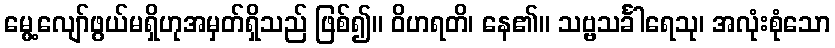
မွေ့လျော်ဖွယ်မရှိဟုအမှတ်ရှိသည် ဖြစ်၍။ ဝိဟရတိ၊ နေ၏။ သဗ္ဗသင်္ခါရေသု၊ အလုံးစုံသော